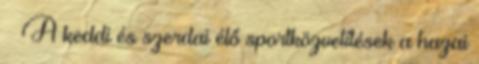
– A keddi és szerdai élő sportközvetítések a hazai